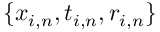
\{ x _ { i , n } , t _ { i , n } , r _ { i , n } \}